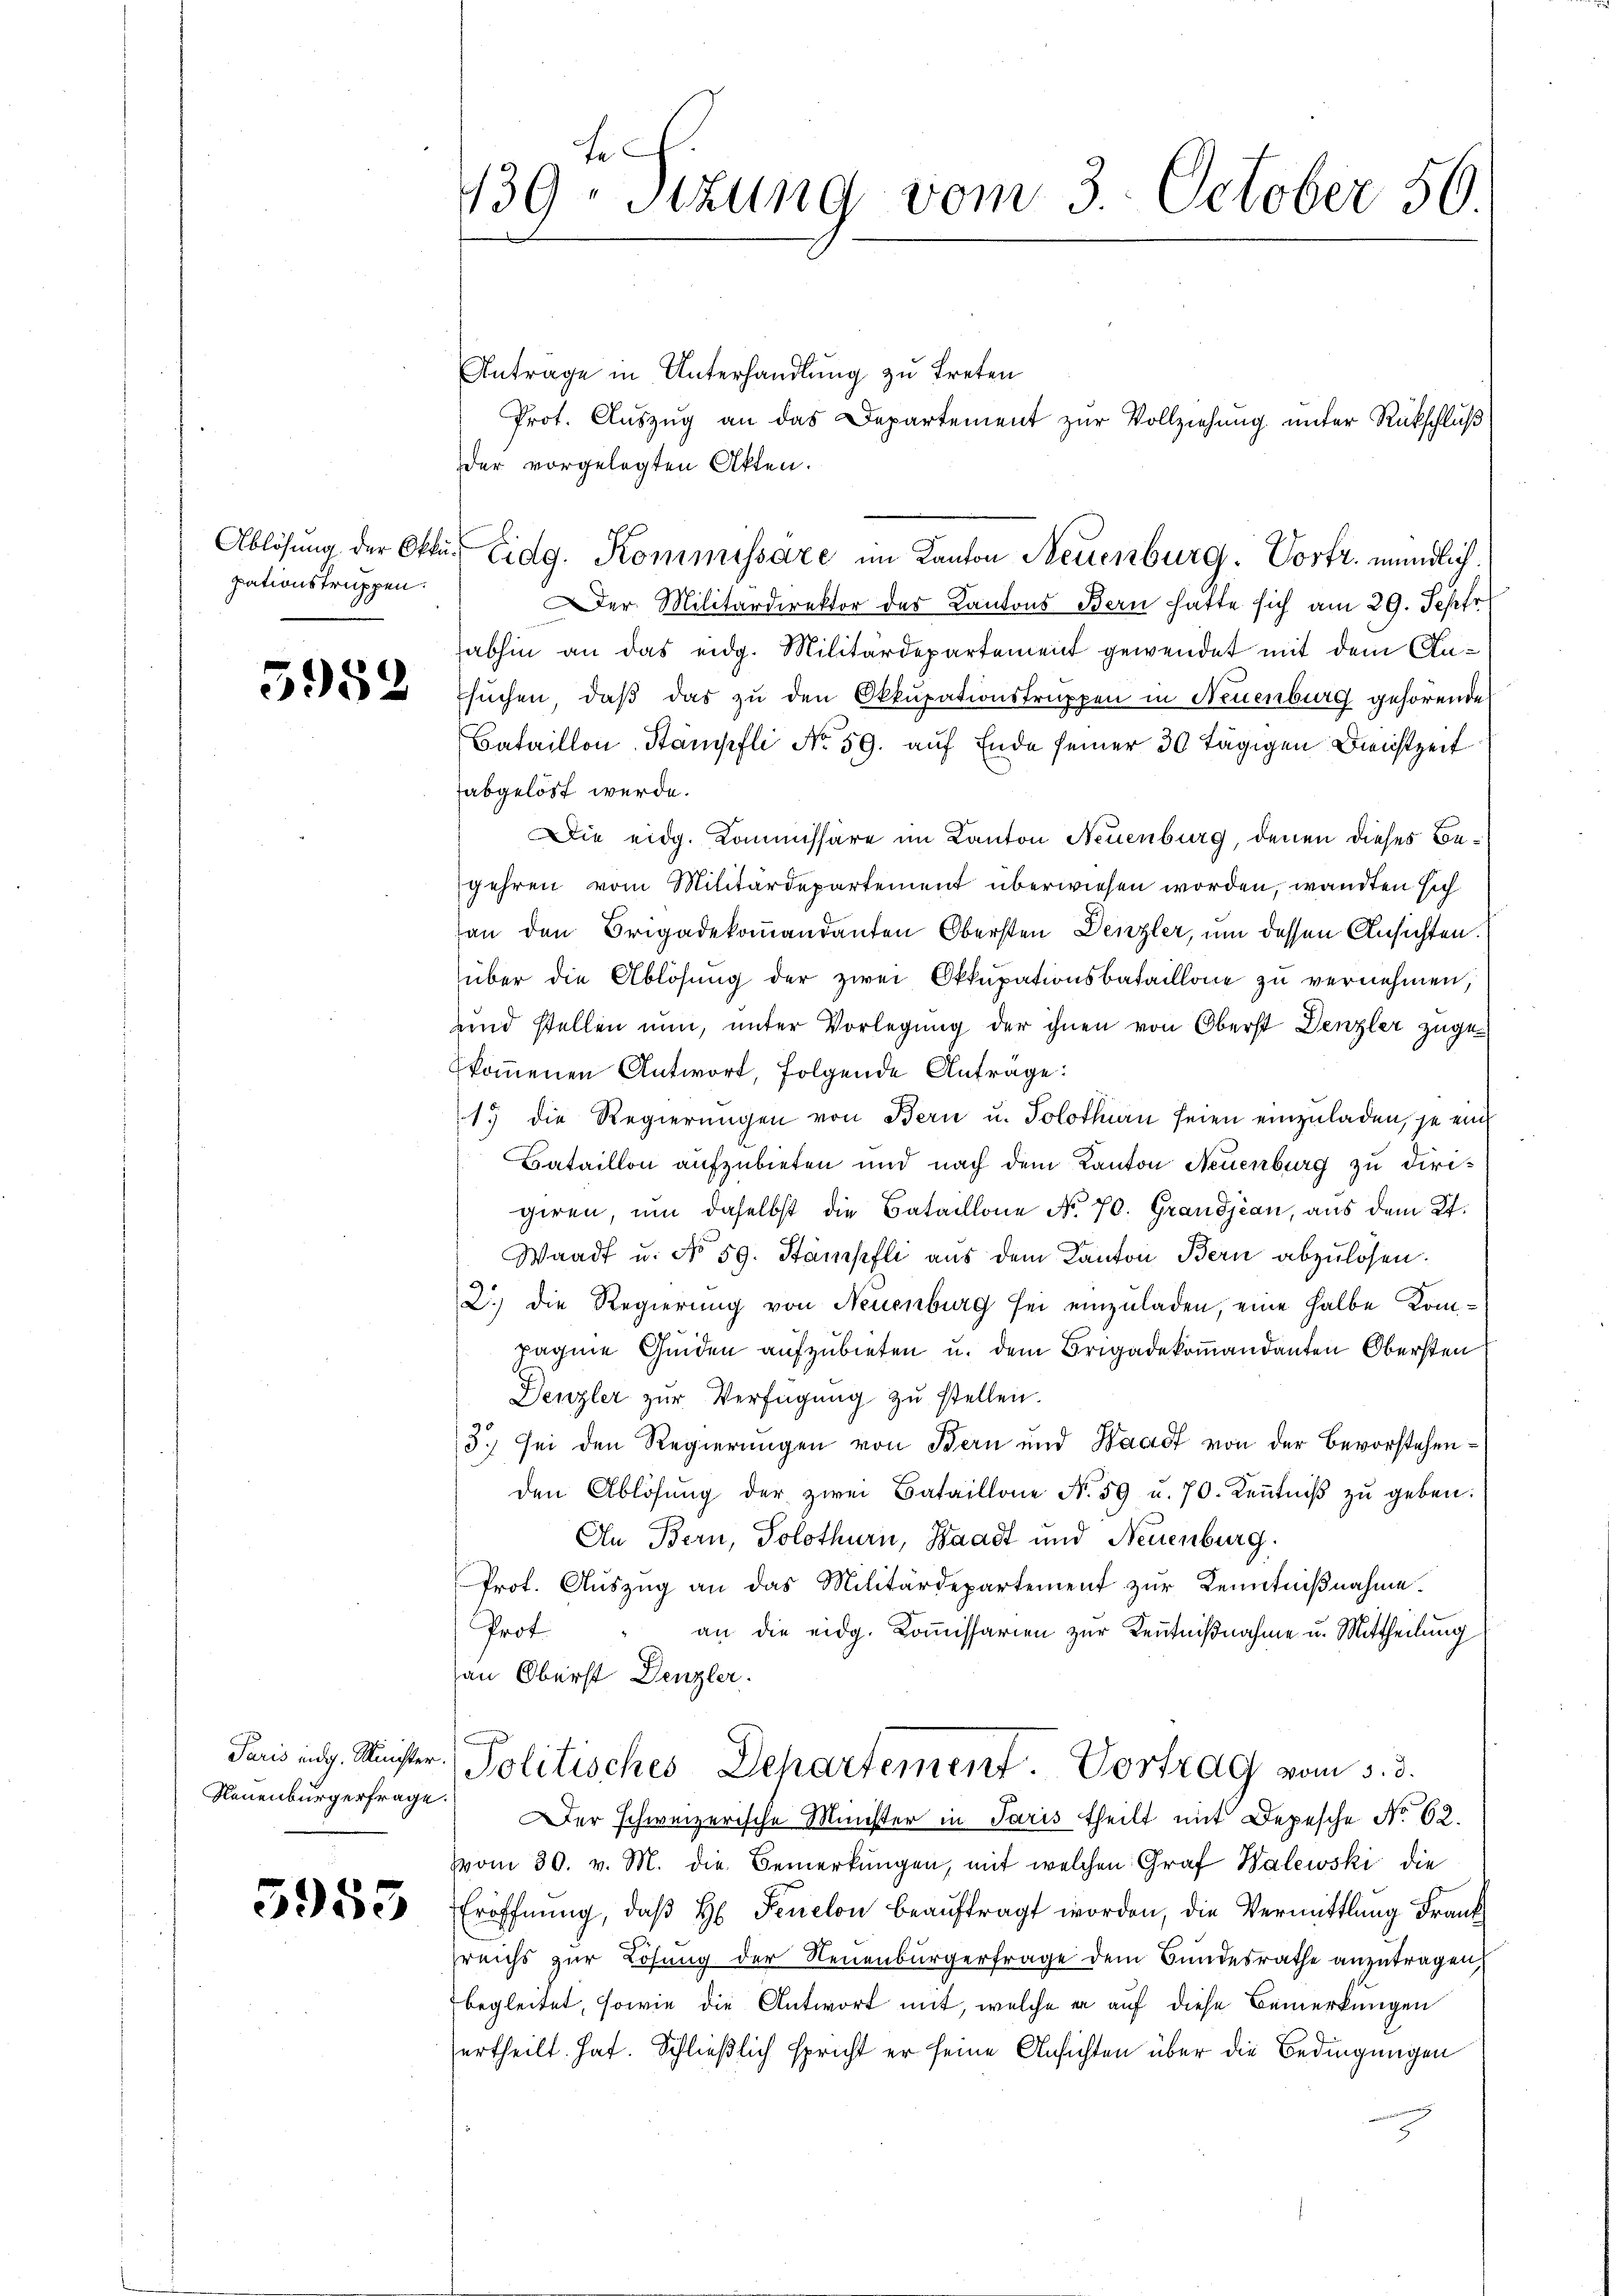
pationstruppen.

5982

Paris eidg. Minister.
Neuenburgerfrage.

5955

130 Sizung vom 3. October 50.

Antrage in Unterhandlung zu treten
Prot. Auszug an das Departement zur Vollziehung unter Rückschluß
der vorgelegten Akten.
Ablösung der Okt. Eidg. Kommissare im Kanton Neuenburg. Vortr. mündlich.
Der Militärdirektor des Kantons Bern hatte sich am 29. Septe
abhin an das eidg. Militärdepartement gewendet mit dem Ansuchen, daß das zu den Okkupationstruppen in Neuenburg gehörende
Bataillon, Stampfli No 59. auf Ende seiner 30 tägigen Bleichtzeit
abgelöst werde.
Die eidg. Kommissäre im Kanton Neuenburg, denen dieses Begehren vom Militärdepartement überwiesen worden, wandten sich
an den Brigadekommandanten Obersten Denzler, um dessen Ansichten.
über die Ablösung der zwei Okkupationsbataillone zu vernehmen,
und stellen nun, unter Vorlegung der ihnen von Oberst Denzler zugekommenen Antwort, folgende Anträge:
15 die Regierungen von Bern u. Solothurn seien einzuladen, je ein
Bataillon aufzubieten und nach dem Kanton Neuenburg zu dirigiren, um daselbst die Bataillone No. 70. Grandjean, aus dem Kt.
Waadt u. No 59. Stämpfli aus dem Kanton Bern abzulösen.
2.) die Regierung von Neuenburg sei einzuladen, eine halbe Kompagnie Geden aufzubieten u. dem Brigadekommandanten Obersten
Denzler zŭr Verfügung zŭ stellen.
3.) Sei den Regierungen von Bern und Waadt von der Bevorstehenden Ablösung der zwei Bataillone No 59 u. 70. Keṅtniβ zŭ geben:
An Bern, Solothurn, Waadt und Neuenburg.
Prot. Auszug an das Militärdepartement zur Kenntnißnahme.
Prof.
an die eidg. Kommissarien zur Kenntnißnahme u. Mittheilung
an Oberst Denzler.
Politisches Departement. Vortrag vom 5. d.
er schweizerische Minister in Paris theilt mit Depesche No 62.
vom 30. v. M. die Bemerkungen, mit welchen Graf Walewski die
Eröffnung, daβ H Feuelon beaŭftragt worden, die Vermittlung Frank
reichs zur Lösung der Neuenbürgerfrage dem Bundesrathe anzutragen,
begleitet, sowie die Antwort mit, welche er auf diese Bemerkungen
ertheilt hat. Schließlich spricht er seine Ansichten über die Bedingungen
.